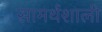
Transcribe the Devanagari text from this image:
सामर्थशाली